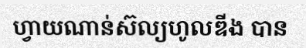
ហ្វាយណាន់ស៊ល្យហូលឌីង បាន